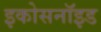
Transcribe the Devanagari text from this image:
इकोसनॉइड